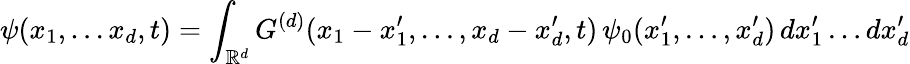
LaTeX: \psi(x_{1},\dots x_{d},t)=\int_{\mathbb{R}^{d}}G^{(d)}(x_{1}-x_{1}^{\prime},\dots,x_{d}-x_{d}^{\prime},t)\, \psi_{0}(x_{1}^{\prime},\dots,x_{d}^{\prime})\, dx_{1}^{\prime}\dots dx_{d}^{\prime}